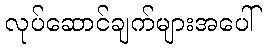
လုပ်ဆောင်ချက်များအပေါ်